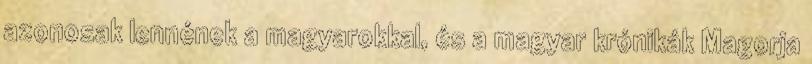
azonosak lennének a magyarokkal, és a magyar krónikák Magorja